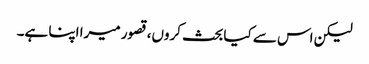
لیکن اس سے کیا بحث کروں، قصور میرا اپنا ہے۔